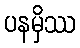
ပနမှိဿ